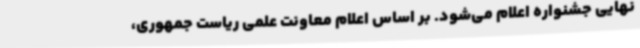
نهایی جشنواره اعلام می‌شود. بر اساس اعلام معاونت علمی ریاست جمهوری،